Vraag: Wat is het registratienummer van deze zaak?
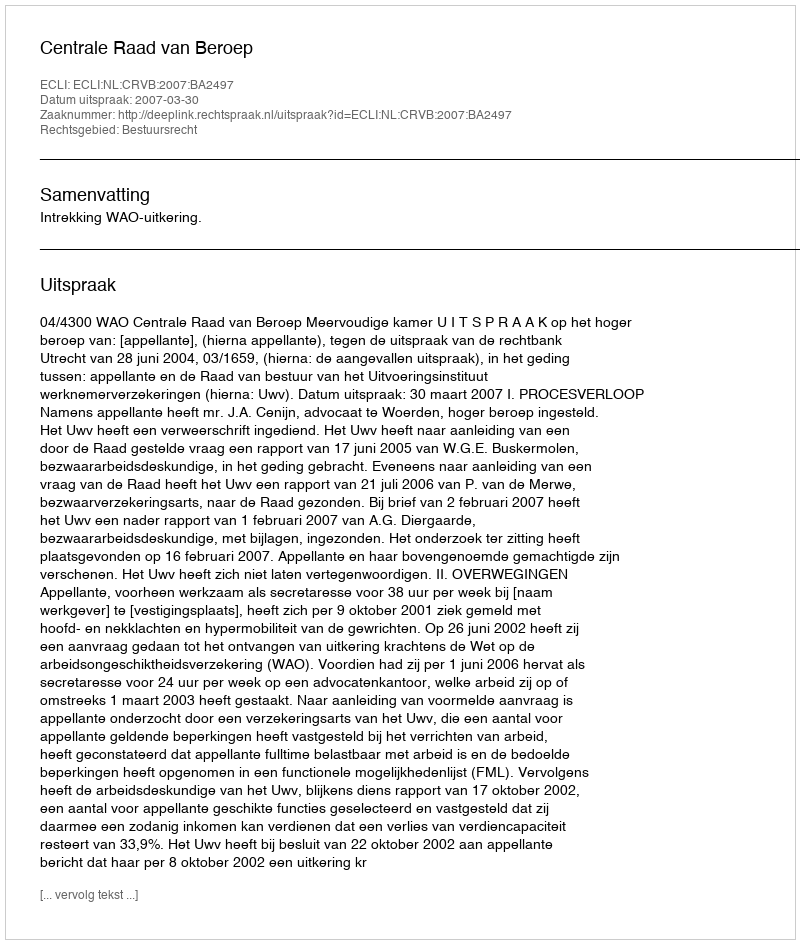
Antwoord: http://deeplink.rechtspraak.nl/uitspraak?id=ECLI:NL:CRVB:2007:BA2497